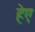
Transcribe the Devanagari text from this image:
हेए